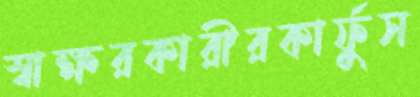
স্বাক্ষরকারীরকার্ফুস